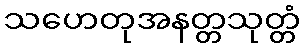
သဟေတုအနတ္တသုတ္တံ